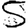
Digit: 5